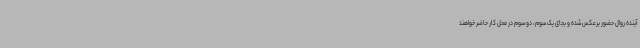
آینده روال حضور برعکس شده و بجای یک سوم، دو سوم در محل کار حاضر خواهند